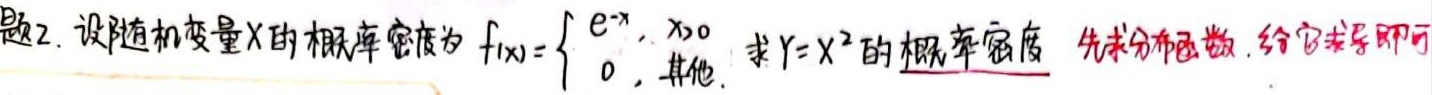
题2. 设随机变量$X$的概率密度为$f_{X}(x)=\begin{cases}e^{-x},&x > 0\\0,&\text{其他}\end{cases}$. 求$Y = X^{2}$的概率密度. 先求分布函数, 给它求导即可.